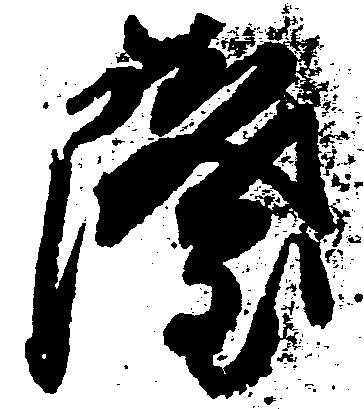
薩